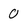
Character: 0